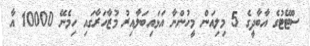
ސްޓޭޓުގެ އާބާދީގެ 5 މިލިއަން މީހުންނާ އަޅައިބަލާއިރު މުޒާހަރާގައި ހިމެނޭ 10000 އާ